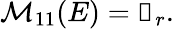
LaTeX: \mathcal{M}_{11}(E)=\mathbb{0}_{r}.